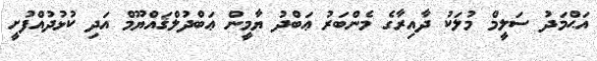
އަޙްމަދު ސަލީމް މުލަކު ދާއިރާގެ މެންބަރު ޢަބްދު ޔާމީން ޢަބްދުލްޤައްޔޫމް އަދި ކުޅުދުއްފުށީ